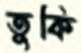
তুকি